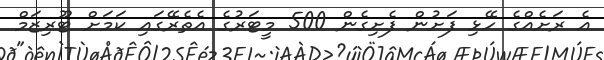
އެ ރަށެއްގެ ހޭޅި ފަށުން ފެށިގެން 500 މީޓަރުގެ އެތެރޭގައި ކަމަށް ޓޫރިޒަމް